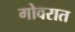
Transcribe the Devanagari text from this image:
गोवरात